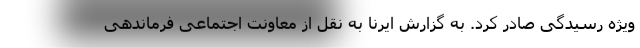
ویژه رسیدگی صادر کرد. به گزارش ایرنا به نقل از معاونت اجتماعی فرماندهی